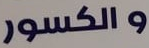
والكسور